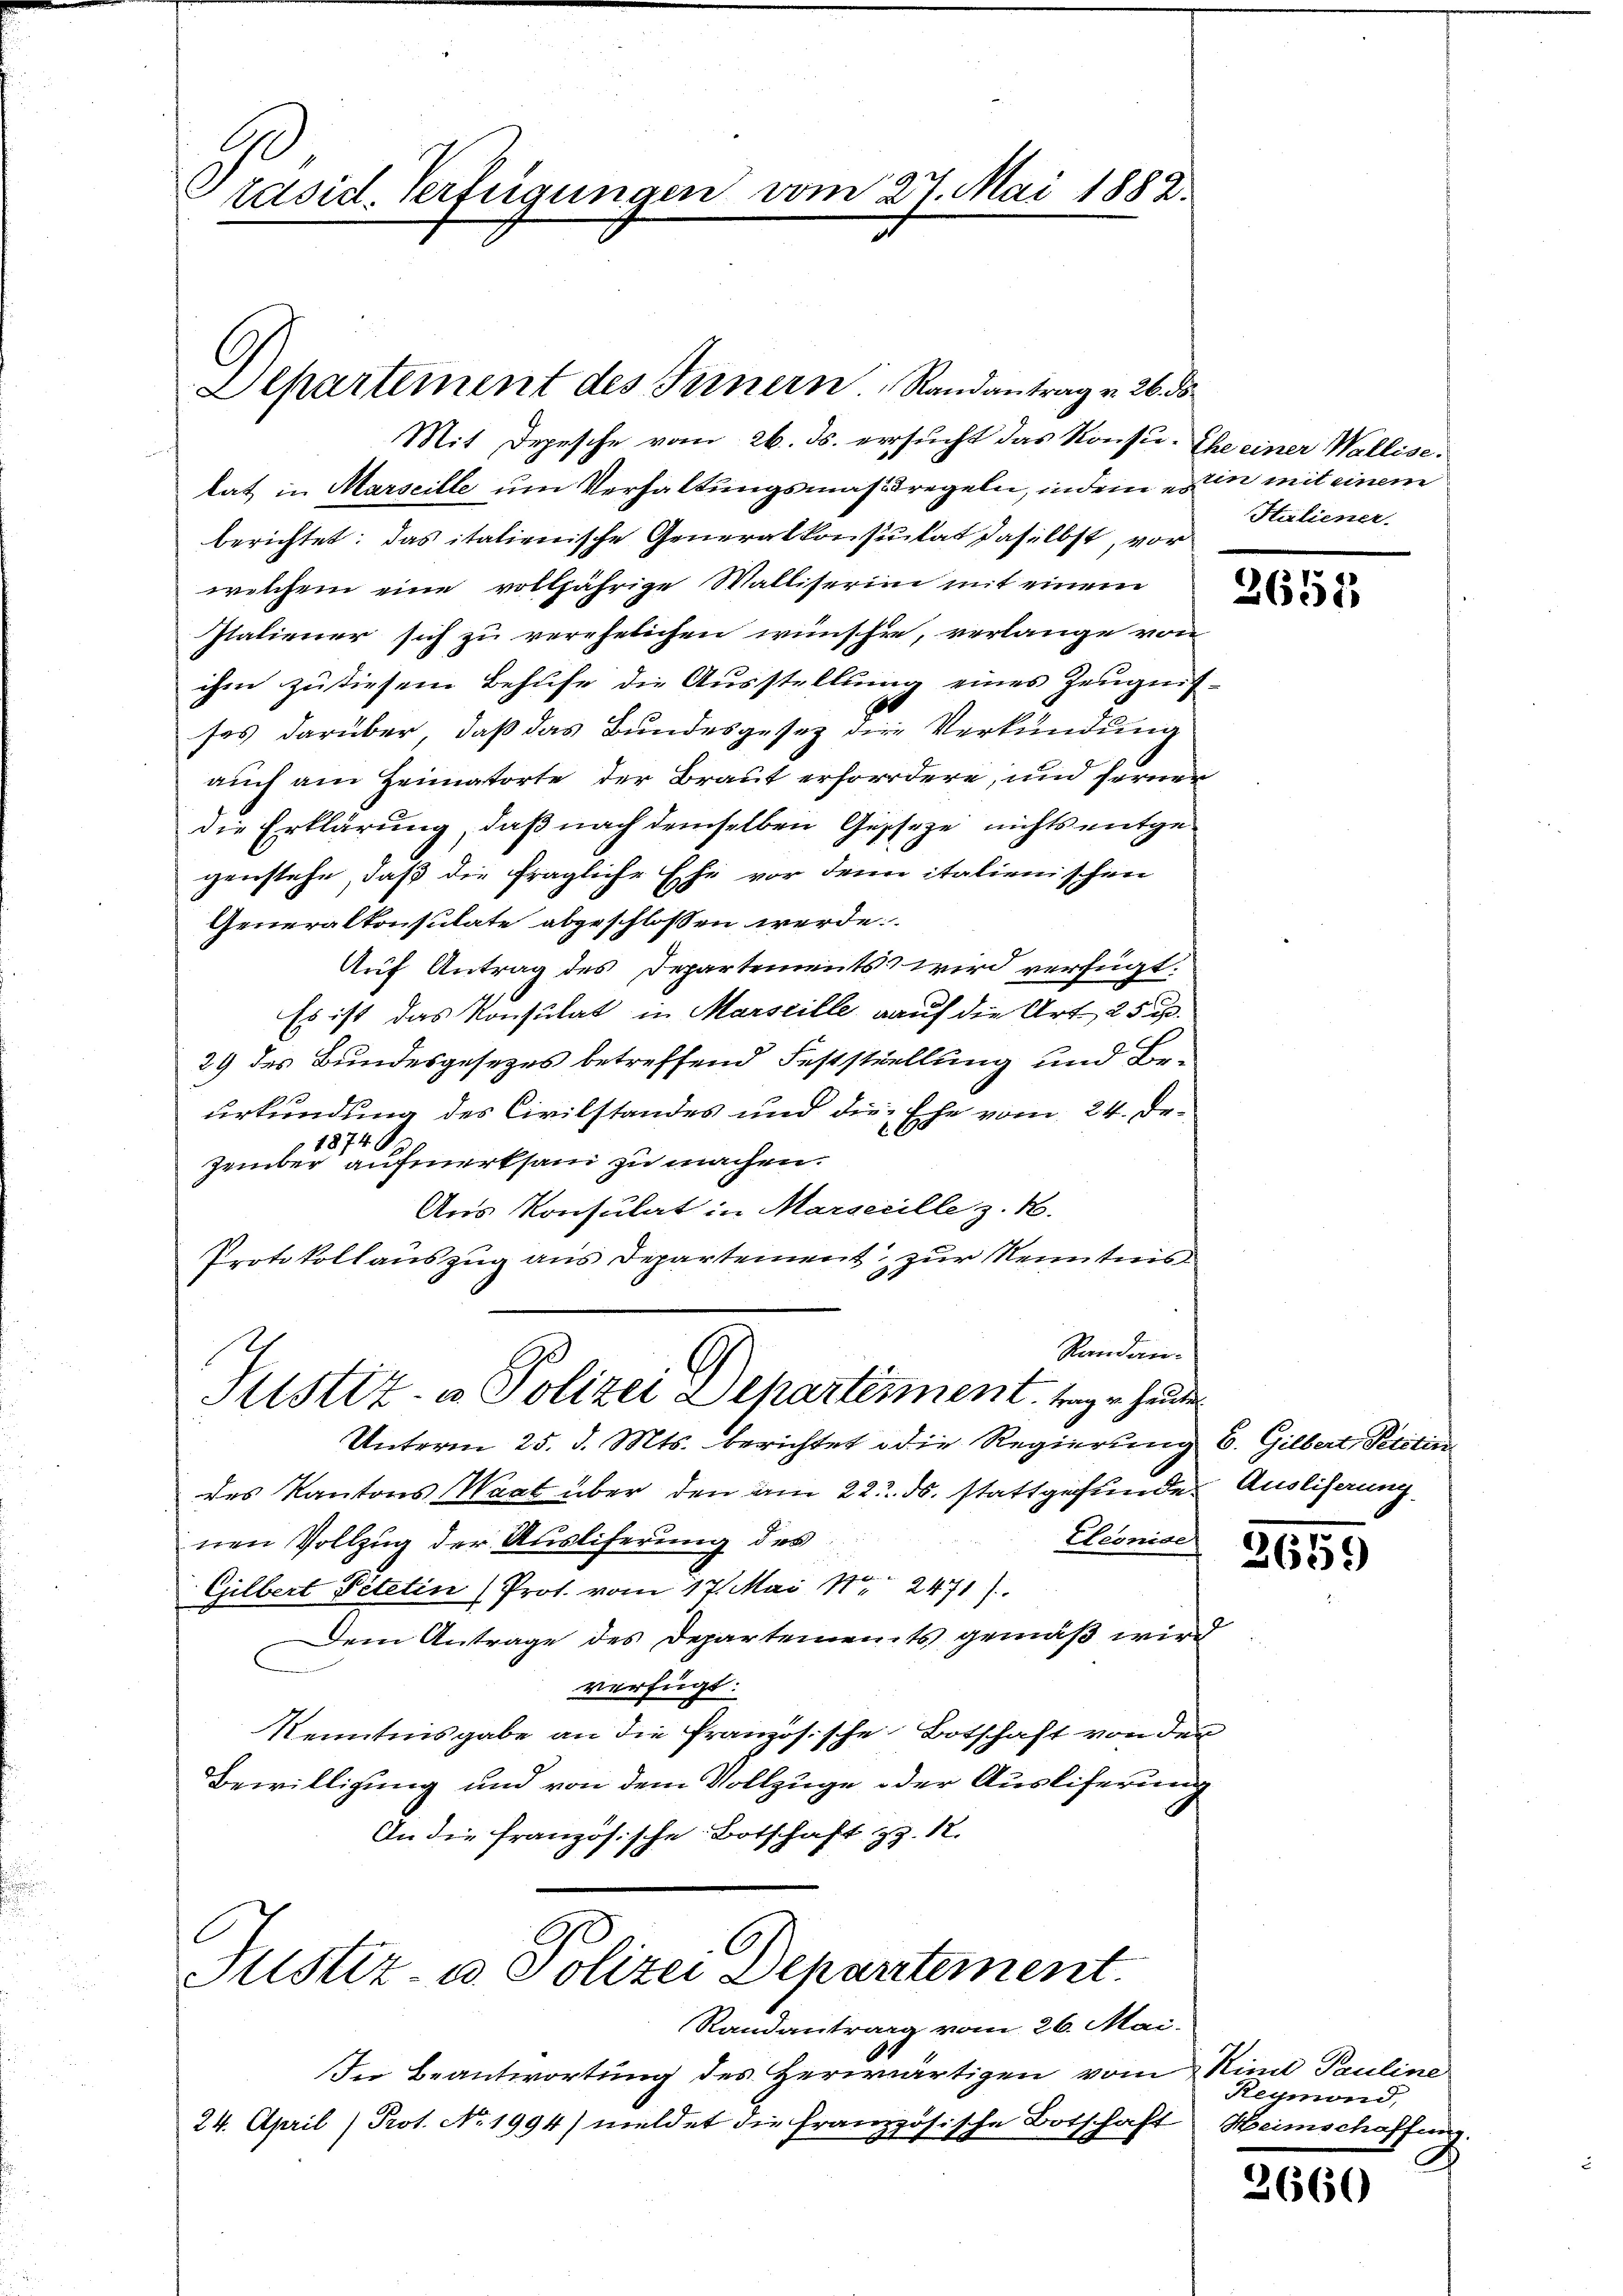
Präsid. Verfügungen vom 27. Mai 1882.

Departement des Seinern Randantrag v. 26. ds

Mit Depesche vom 26. ds. versucht das Konsu- Ehe einer Walliselat in Marseille um Verhaltungsmaßregeln, indem es in mit einem
berichtet: das italienische Generalkonsulat daselbst, vor
welchem eine volljährige Walliserinn mit einem
Italiener sich zu verehelichen wünsche, verlange von
ihm zu diesem Behufe die Ausstellung eines Zeugnis-
ses darüber, daß das Bundesgesez die Verkündung
auch am Heimatorte der Braut erfordere, und ferner
die Erklärung, daß nach demselben Geseze nichts entgegenstehe, daß die fragliche Ehe vor denn italienischen
Generalkonsulate abgeschlossen werde.
Auf Antrag des Departements wird verfügt:
Es ist das Konsulat in Marseille auf die Art. 25 p.
29 des Bundesgesezes betreffend Feststellung und Beurkundung des Civilstandes und die Ehe vom 24. De¬
1874
zember aufmerksam zu machen.
Aus Konsulat in Marsecille z. B.
Protokollauszug aus Departement zur Kenntnis
Randan¬
Justiz- & Polizei Departennent. Tage heute
Unterm 25. d. Mts. berichtet die Regierung b. Gilbert Pertin
des Kantons Waat über den am 22. ds. stattgefunde Ausliserung
Eleonise
nen Vollzug der Ausliferung des
Gilbert Pitelin (Prot. vom 17. Mai 1 2471).
Dem Antrage des Departements gemäß wird
verfügt:
Kenntnisgabe an die französische Botschaft von der
Bewilligung und von dem Vollzuge oder Ausliferung
An die französische Botschaft z. 12.

Justiz- u. Polizei Departement

Randantrag vom 26. Mai.
In Beantwortung des Herwärtigen vom Kind Pauline
24. April (Prot. No 1994) meldet die französische Botschaft Heimschaffen

Htaliener.

2657

2659)

Reymond,

2660